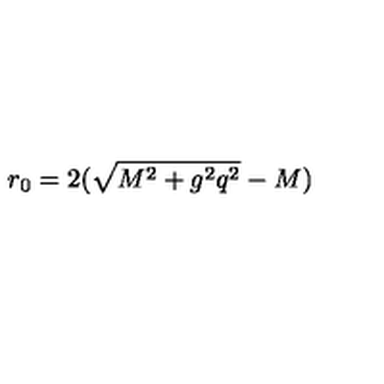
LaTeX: r _ { 0 } = 2 ( \sqrt { M ^ { 2 } + g ^ { 2 } q ^ { 2 } } - M ) \